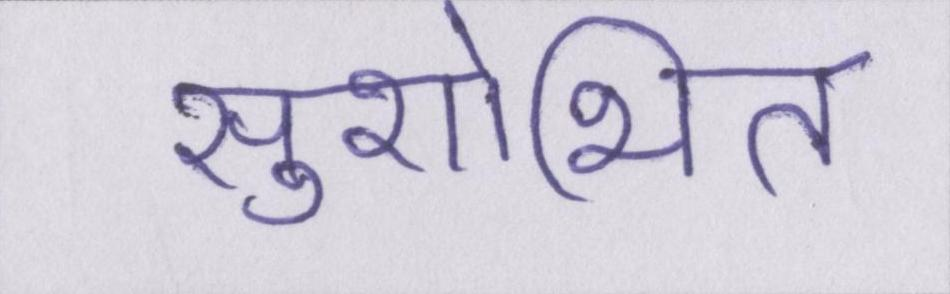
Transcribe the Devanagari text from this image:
सुशोभित